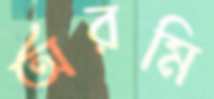
অরমি